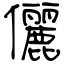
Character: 儷